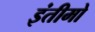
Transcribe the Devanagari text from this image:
इंतीमो